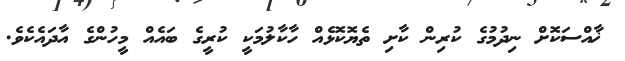
ޚާއްސަކޮށް ނިދުމުގެ ކުރިން ކާށި ތެޔޮކޮޅެއް ހާކާލުމަކީ ކުރީގެ ބައެއް މީހުންގެ އާދައެކެވެ.